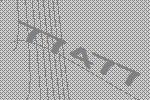
77477